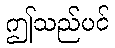
ဤသည်ပင်